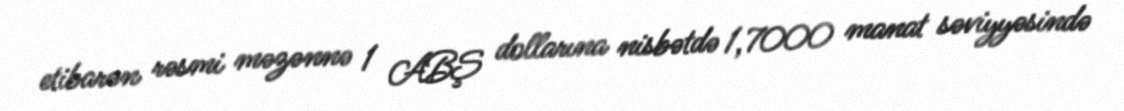
etibarən rəsmi məzənnə 1 ABŞ dollarına nisbətdə 1,7000 manat səviyyəsində